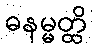
ဓနမ္မတ္ထိ